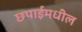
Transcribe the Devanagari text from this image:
छपाईमधील